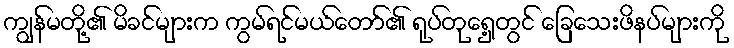
ကျွန်မတို့၏ မိခင်များက ကွမ်ရင်မယ်တော်၏ ရုပ်တုရှေ့တွင် ခြေသေးဖိနပ်များကို